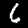
Label: 6